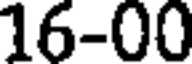
16-00